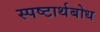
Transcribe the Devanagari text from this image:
स्पष्टार्थबोध